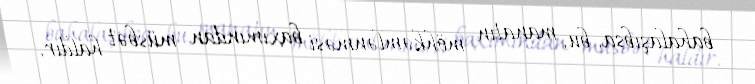
bahalaşıbsa, bu, manatın möhkəmlənməsi baxımından müsbət haldır.